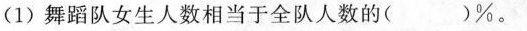
(1)舞蹈队女生人数相当于全队人数的(